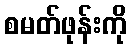
စမတ်ဖုန်းကို